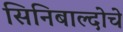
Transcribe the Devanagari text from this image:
सिनिबाल्दोचे